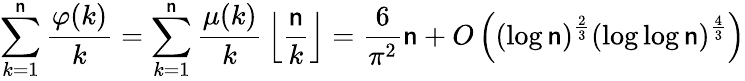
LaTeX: \sum_{k=1}^{\mathsf{n}}{\frac{{\varphi(k)}}{{k}}}=\sum_{k=1}^{\mathsf{n}}{\frac{{\mu(k)}}{{k}}}\left\lfloor{\frac{{\mathsf{n}}}{{k}}}\right\rfloor={\frac{{6}}{{\pi^{2}}}}\mathsf{n}+O\left((\log\mathsf{n})^{\frac{{2}}{{3}}}(\log\log\mathsf{n})^{\frac{{4}}{{3}}}\right)